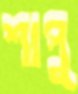
শাপু